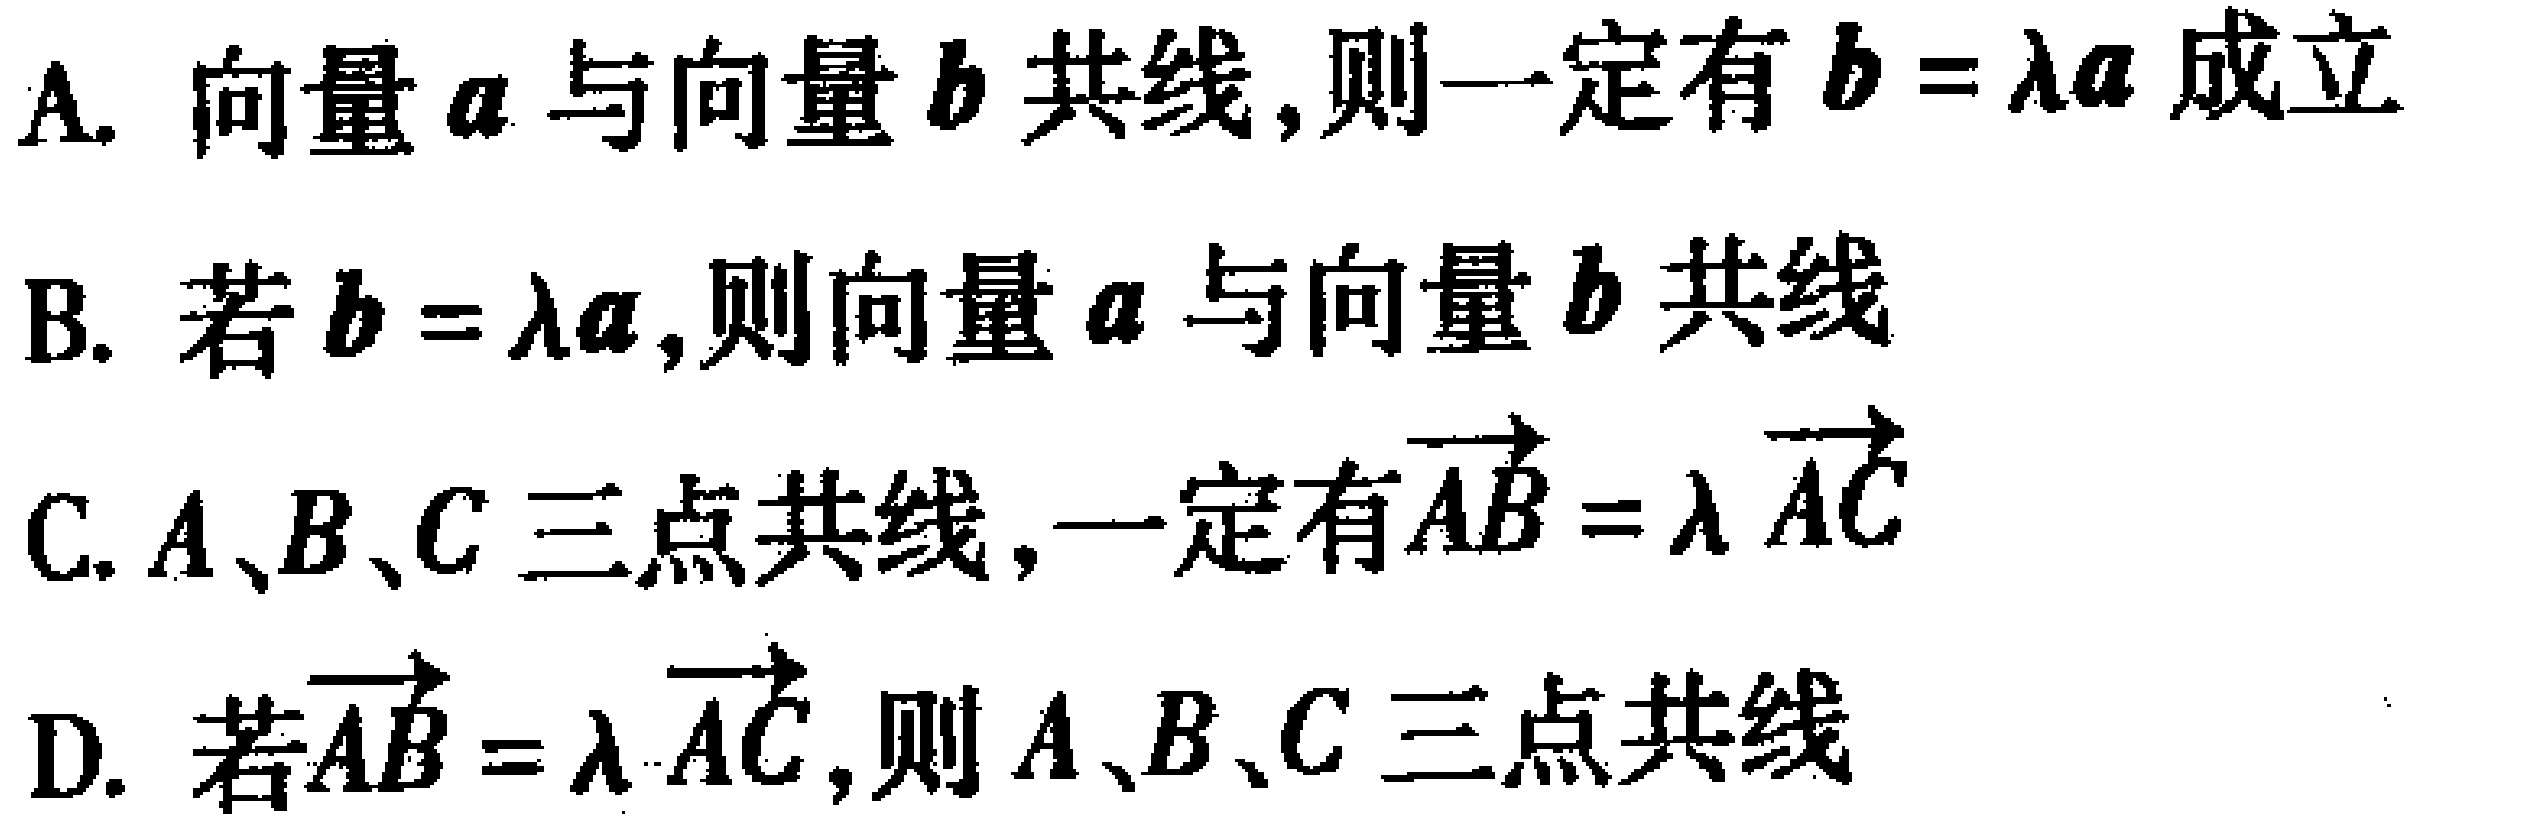
A. 向量$\boldsymbol{a}$与向量$\boldsymbol{b}$共线,则一定有$\boldsymbol{b}=\lambda\boldsymbol{a}$成立
B. 若$\boldsymbol{b}=\lambda\boldsymbol{a}$,则向量$\boldsymbol{a}$与向量$\boldsymbol{b}$共线
C. $A、B、C$三点共线,一定有$\overrightarrow{AB}=\lambda\overrightarrow{AC}$
D. 若$\overrightarrow{AB}=\lambda\overrightarrow{AC}$,则$A、B、C$三点共线